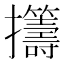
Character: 𫾡